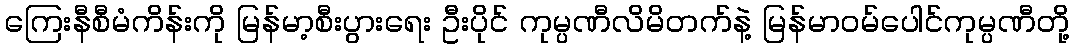
ကြေးနီစီမံကိန်းကို မြန်မာ့စီးပွားရေး ဦးပိုင် ကုမ္ပဏီလိမိတက်နဲ့ မြန်မာဝမ်ပေါင်ကုမ္ပဏီတို့